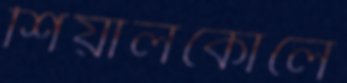
শিয়ালকোলে